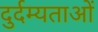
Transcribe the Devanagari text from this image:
दुर्दम्यताओं